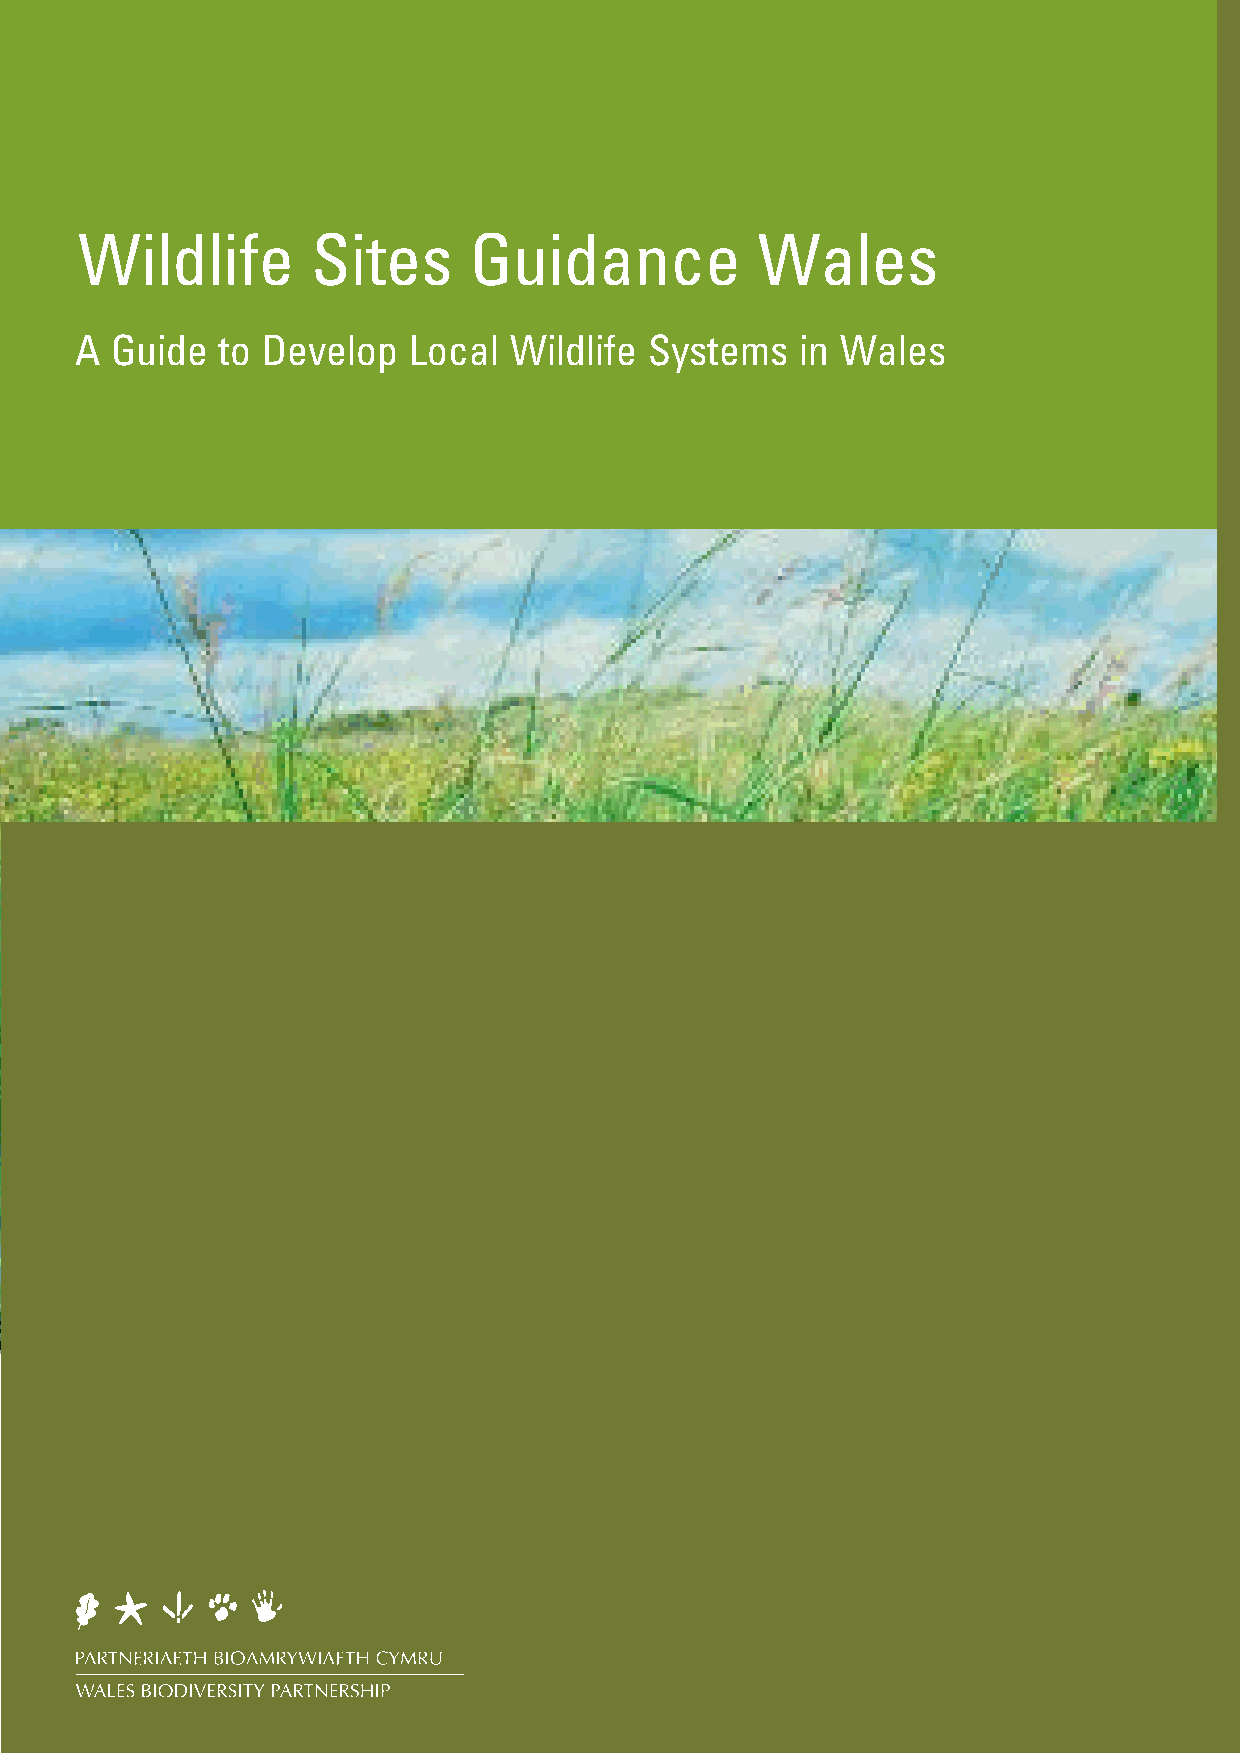
Wildlife        Sites     Guidance           Wales
 A Guide  to Develop   Local  Wildlife Systems   in Wales